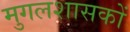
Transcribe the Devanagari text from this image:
मुगलशासकों